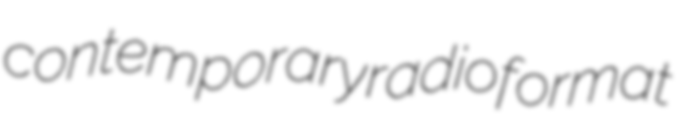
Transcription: contemporary radio format